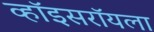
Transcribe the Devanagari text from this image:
व्हॉइसरॉयला